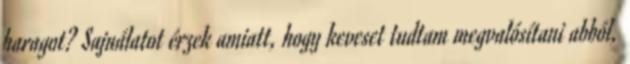
haragot? Sajnálatot érzek amiatt, hogy keveset tudtam megvalósítani abból,